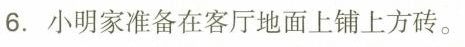
6.小明家准备在客厅地面上铺上方砖。